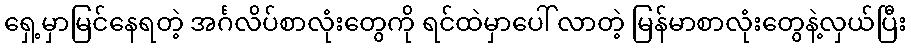
ရှေ့မှာမြင်နေရတဲ့ အင်္ဂလိပ်စာလုံးတွေကို ရင်ထဲမှာပေါ် လာတဲ့ မြန်မာစာလုံးတွေနဲ့လှယ်ပြီး